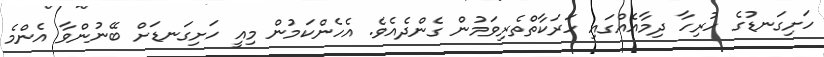
ހަށިގަނޑުގެ ހުރިހާ ދިމާއެއްގައި ހަރަކާތްތެރިވަމުން ގެންދެއެވެ. އެހެންކަމުން މިއީ ހަށިގަނޑަށް ބޭނުންވާ އެންމެ